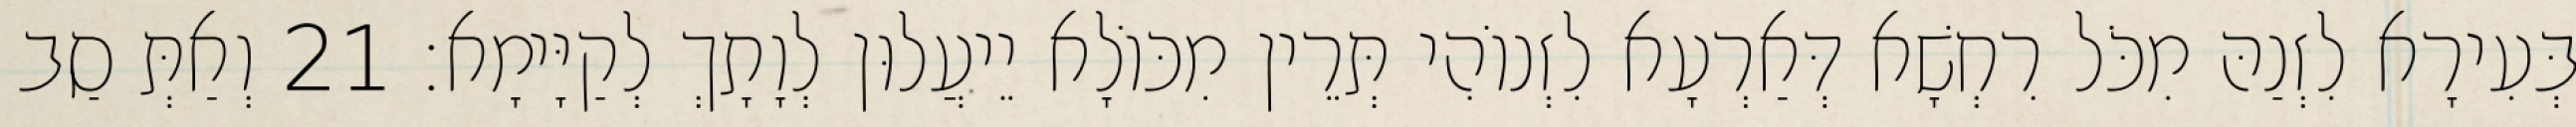
בְּעִירָא לִזְנַהּ מִכֹּל רִחְשָׁא דְּאַרְעָא לִזְנוֹהִי תְּרֵין מִכּוֹלָא יֵיעֲלוּן לְוָתָךְ לְקַיָּימָא׃ 21 וְאַתְּ סַב